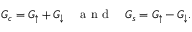
G _ { c } = G _ { \uparrow } + G _ { \downarrow } ~ ~ ~ \mathrm { ~ a ~ n ~ d ~ } ~ ~ ~ G _ { s } = G _ { \uparrow } - G _ { \downarrow } .